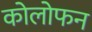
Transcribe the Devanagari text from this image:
कोलोफन